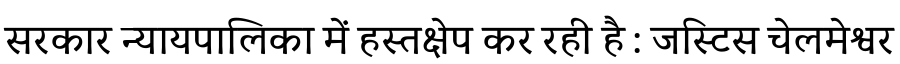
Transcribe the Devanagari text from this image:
सरकार न्यायपालिका में हस्तक्षेप कर रही है : जस्टिस चेलमेश्वर